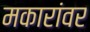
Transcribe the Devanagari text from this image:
मकारांवर